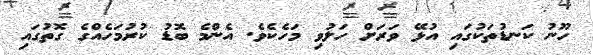
ހޫނު ކަނޑުތަކުގައި އުޅޭ ވަރަށް ހަލުވި މަހެކެވެ. އެންމެ ބޮޑު ކުރުމަހެއްގެ ގޮތުގައި